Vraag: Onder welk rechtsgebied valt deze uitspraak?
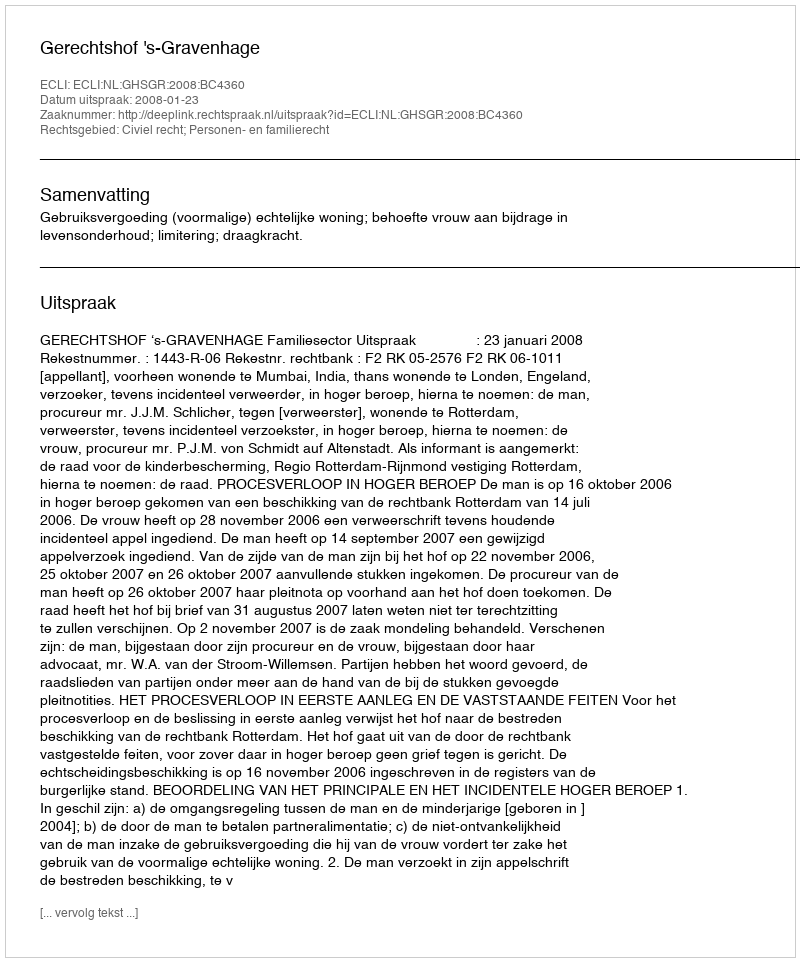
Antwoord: Civiel recht; Personen- en familierecht